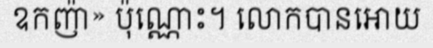
ឧកញ៉ា» ប៉ុណ្ណោះ។ លោកបានអោយ